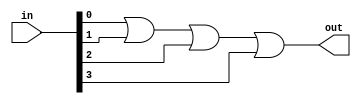
module or_gate_4(input [3:0] in, output out);

assign out = in[0] | in[1] | in[2] | in[3];

endmodule